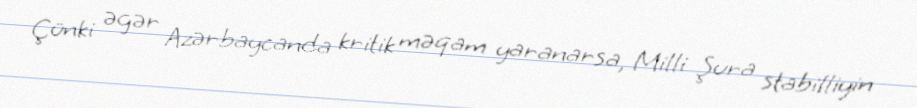
Çünki əgər Azərbaycanda kritik məqam yaranarsa, Milli Şura stabilliyin